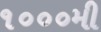
૧૦૦૦મી